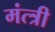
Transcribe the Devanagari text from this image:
मंत्त्री